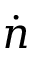
\dot { n }